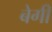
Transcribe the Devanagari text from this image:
बेगी